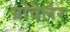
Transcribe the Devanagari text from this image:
ग्रोवेलेर